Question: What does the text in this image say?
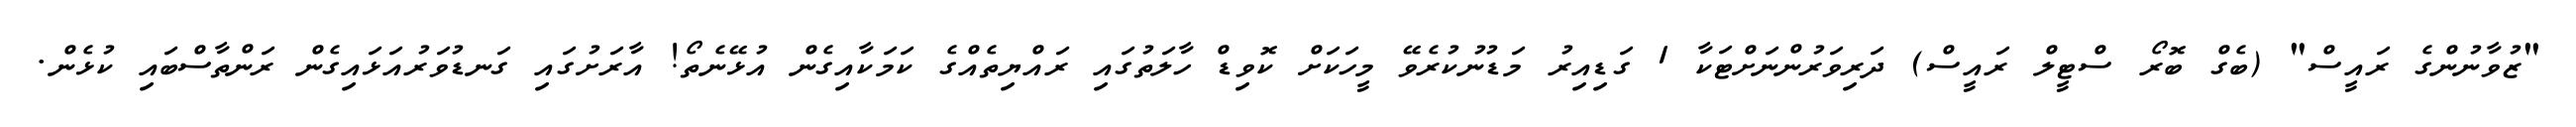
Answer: "ޒުވާނުންގެ ރައީސް" (ބެގް ބޮރޯ ސްޓީލް ރައީސް) ދަރިވަރުންނަށްޓަކާ 1 ގަޑިއިރު މަޑުނުކުރެވޭ މީހަކަށް ކޮވިޑް ހާލަތުގައި ރައްޔިތެއްގެ ކަމަކާއިގެން އުޅޭނެތޯ! އާރަށުގައި ގަނޑުވަރުއަޅައިގެން ރަންތާސްބައި ކުޅެން.